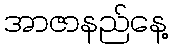
အာဇာနည်နေ့